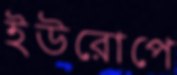
ইউরোপে